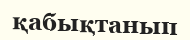
қабықтанып